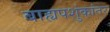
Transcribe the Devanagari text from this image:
बाह्यपशुंकांतर